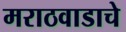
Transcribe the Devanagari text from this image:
मराठवाडाचे